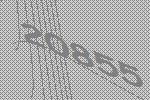
20855